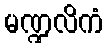
မဏ္ဍလိကံ